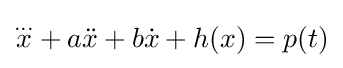
{\overset {...}{x}}+a{\ddot {x}}+b{\dot {x}}+h(x)=p(t)